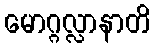
မောဂ္ဂလ္လာနာတိ